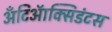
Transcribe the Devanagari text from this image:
अँटिऑक्सिडंटस